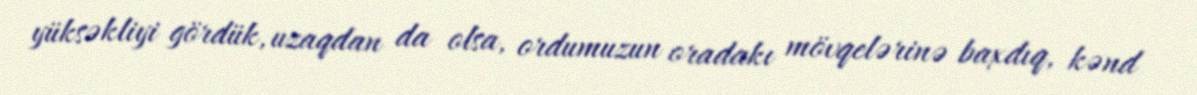
yüksəkliyi gördük, uzaqdan da olsa, ordumuzun oradakı mövqelərinə baxdıq, kənd